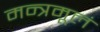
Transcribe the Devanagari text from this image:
मन्त्रमूलं